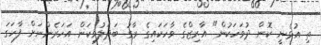
ތި އުޅެނީ ކޮން ދުވަހަކުން" އާރިޒްގެ ވާހަކައިގެ ރާގު ބަދަލުވިކަން އަހަރެންނަށް ފާހަގަ